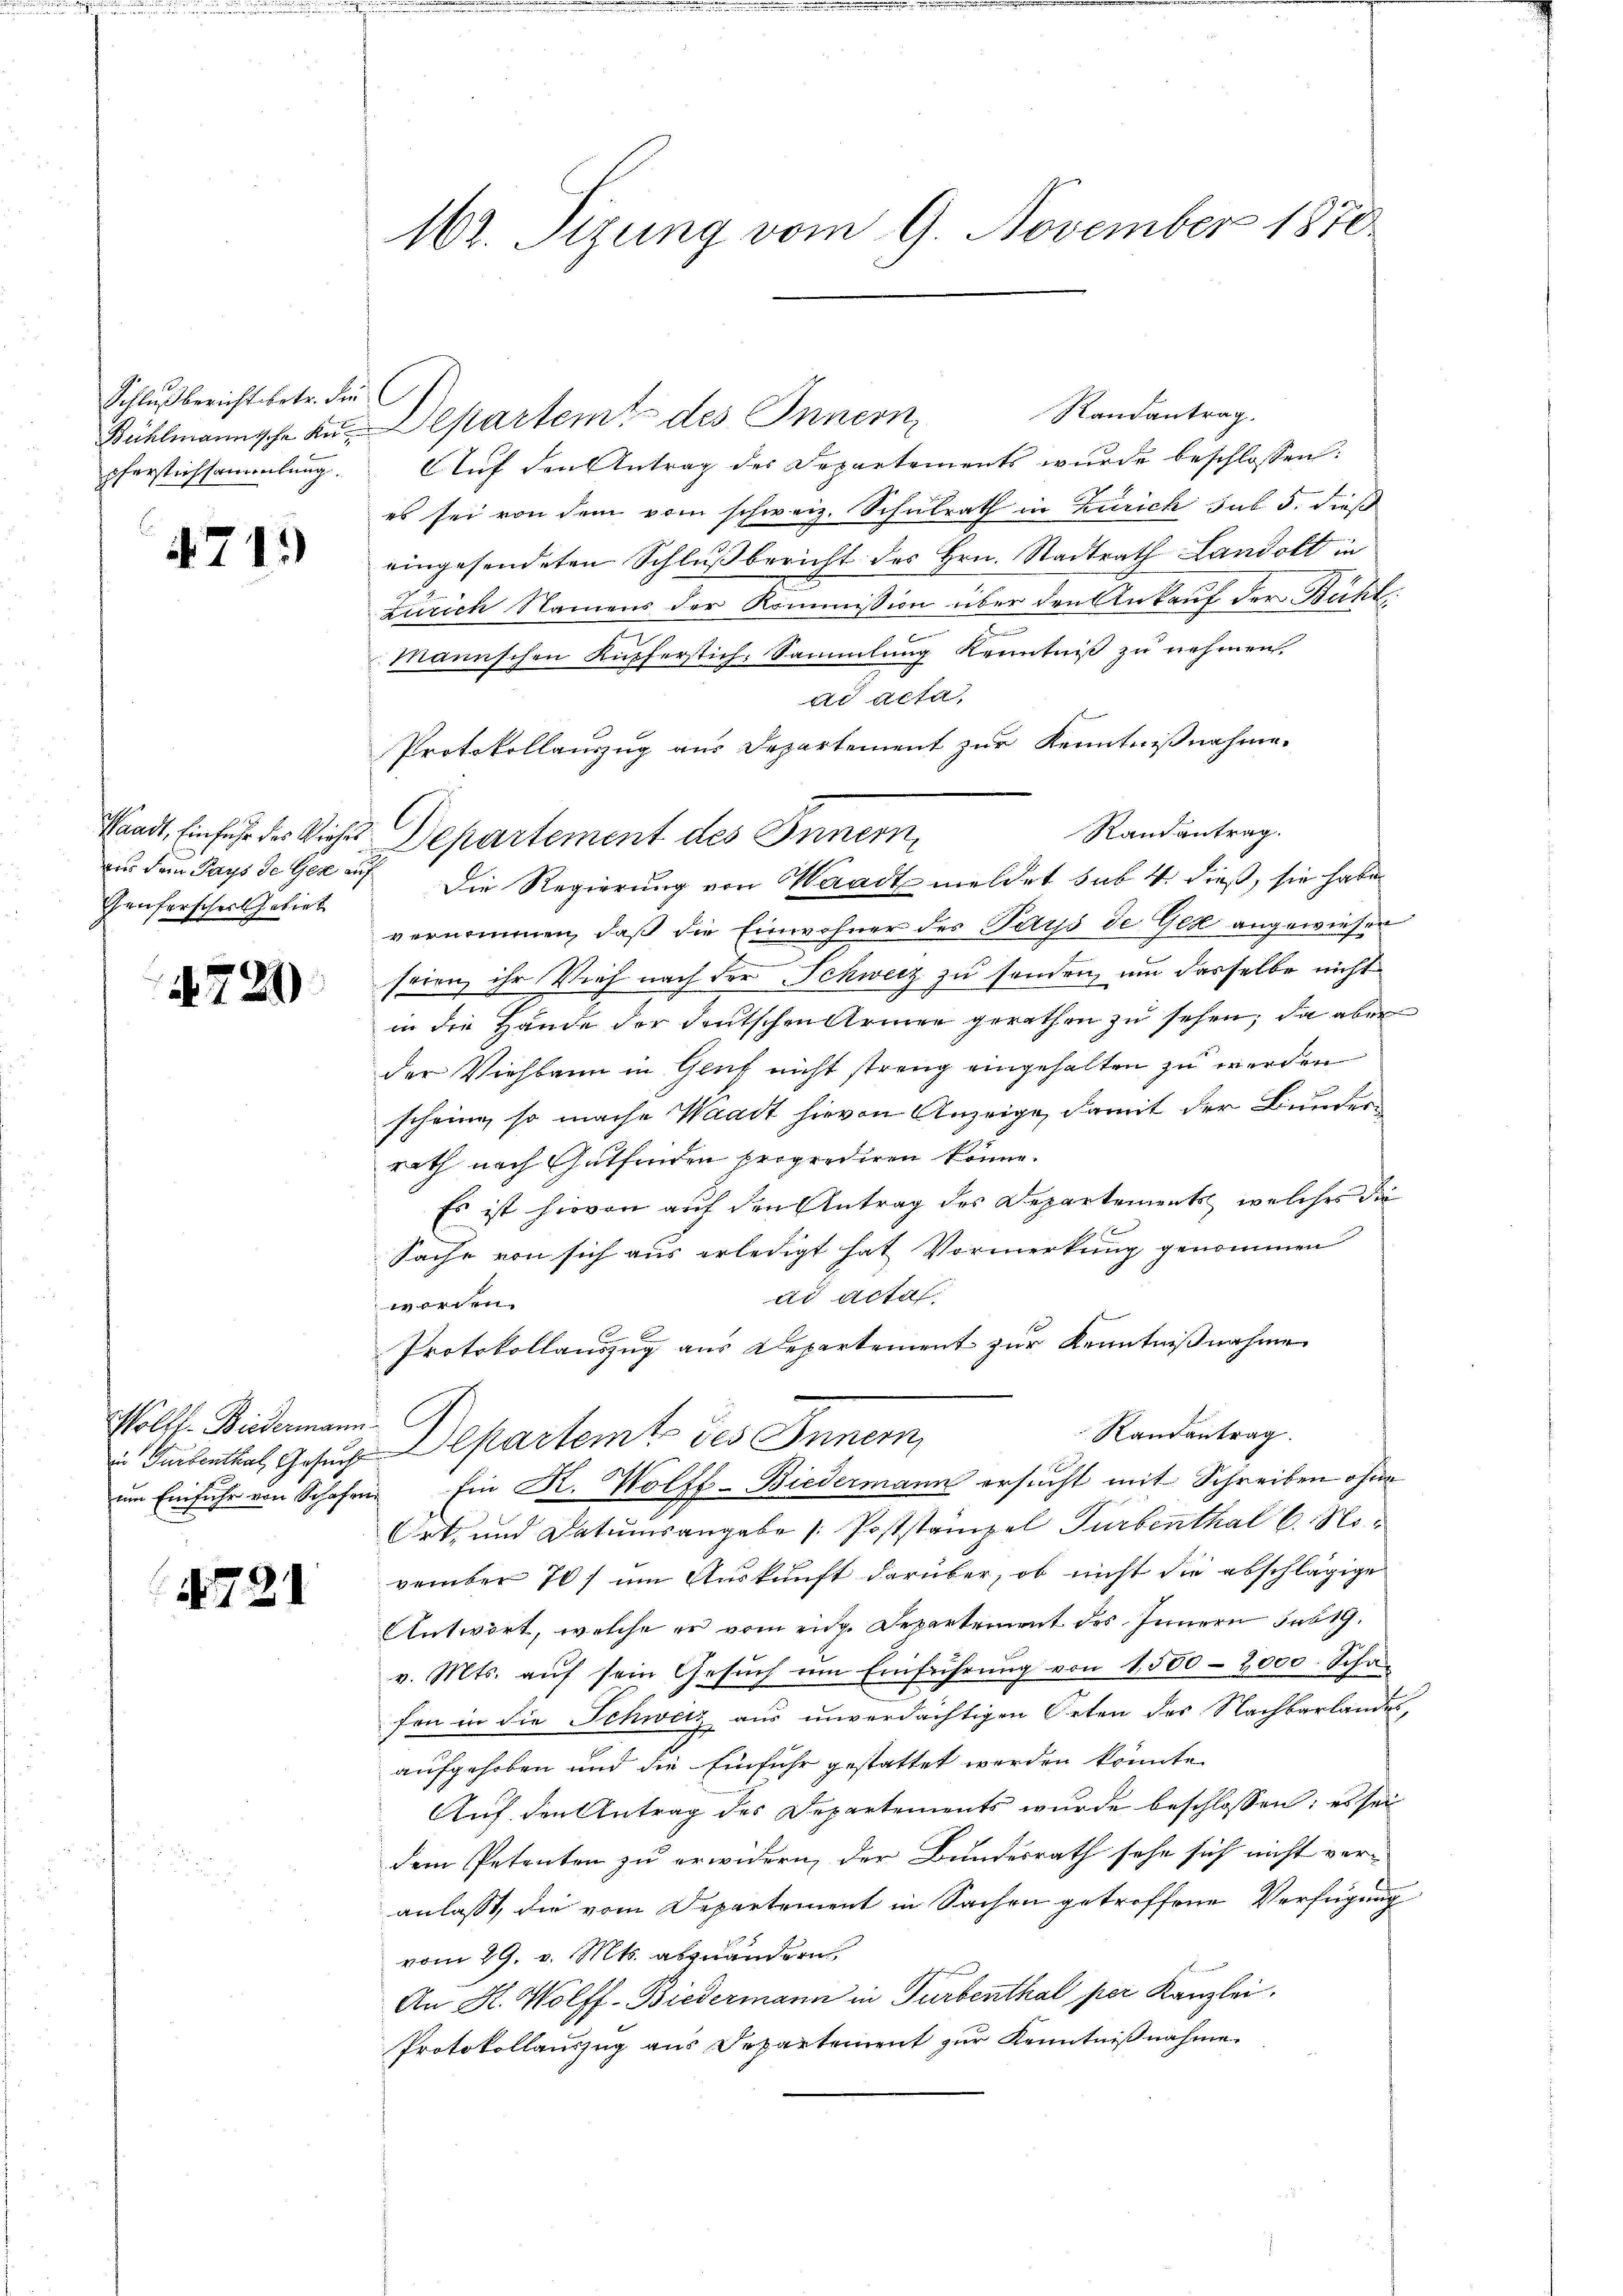
Schlußbericht betr. die
pferstichsammlung.

4713

Waadt, Einfuhr des Kirches
aus dem Pays de Gese auf
Genferscher Gebiet

4720

Polff. Biedermann.
in Turbenthal, Gesucht
um Einfuhr von Schafe

4731

102. Sizung vom 9. November 1870

l
Randantrag.
Bühlmannsche an Departemt des Innern,
Auf den Antrag des Departements wurde beschlossen:
es sei von dem vom schweiz. Schulrath in Zürich sub 5. dieß
eingesendeten Schlußbericht des Hrn. Stadtrath Landolt in
Zürich Namens der Kommission über den Ankauf der Bühl
Mannschen Kupferstich, Sammlung Kenntniß zu nehmen.
ad acta,
Protokollauszug aus Departement zur Kenntnißnahme.
Randantrag.
Departement des Innern,
Die Regierung von Waadt meldet sub. 4. dieß, sie habe
vernommen, daß die Einwohner des Purp de Ges angewieser
n
seien, ihr Vieh nach der Schweiz zu senden, um dasselbe nicht
in die Hände der deutschen Armen gerathen zu sehen, da aber
der Viehbann in Gluf nicht streng eingehalten zu werden
scheine, so mache Waadt hievon Anzeige, damit der Bunderrath nach Gutfinden proprediren könne.
Es ist hievon auf den Antrag des Departements, welches die
2
Sache von sich aus erledigt hat Vormerkung genommen
dd acta
worden.
Protokollauszug aus Departement zur Kenntnißnahme
Randantrag.
Departemt des Innern
Ein K. Wolft-Biedermann ersucht mit Schreiben ohne
Ort, und Datumsangabe / Poststampel Turbenthal l. November 70) um Auskunft darüber, ob nicht die abschlägige
Antwort, welche er vom eidge Departement des Innern sub 19.
v. Mts. aŭf sein Gesŭch ŭm Einführŭng von 1500-2000. Schafen in die Schweiz aus unverdächtigen Orten des Nachbarlandes,
aufgehoben und die Einfuhr gestattet werden könnte.
Auf den Antrag des Departements wurde beschlossen: es sei
dem Petenten zu erwidern, der Bundesrath sehe sich nicht veranlasst, die vom Departement in Sachen getroffene Verfügung
vom 29. v. Mts. abzuändern.
An K. Wolff-Biedermann in Turbenthal per Kanzlei.
Protokollauszug aus Departement zŭr Kenntniβnahme.

E